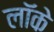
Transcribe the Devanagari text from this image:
लाॅके